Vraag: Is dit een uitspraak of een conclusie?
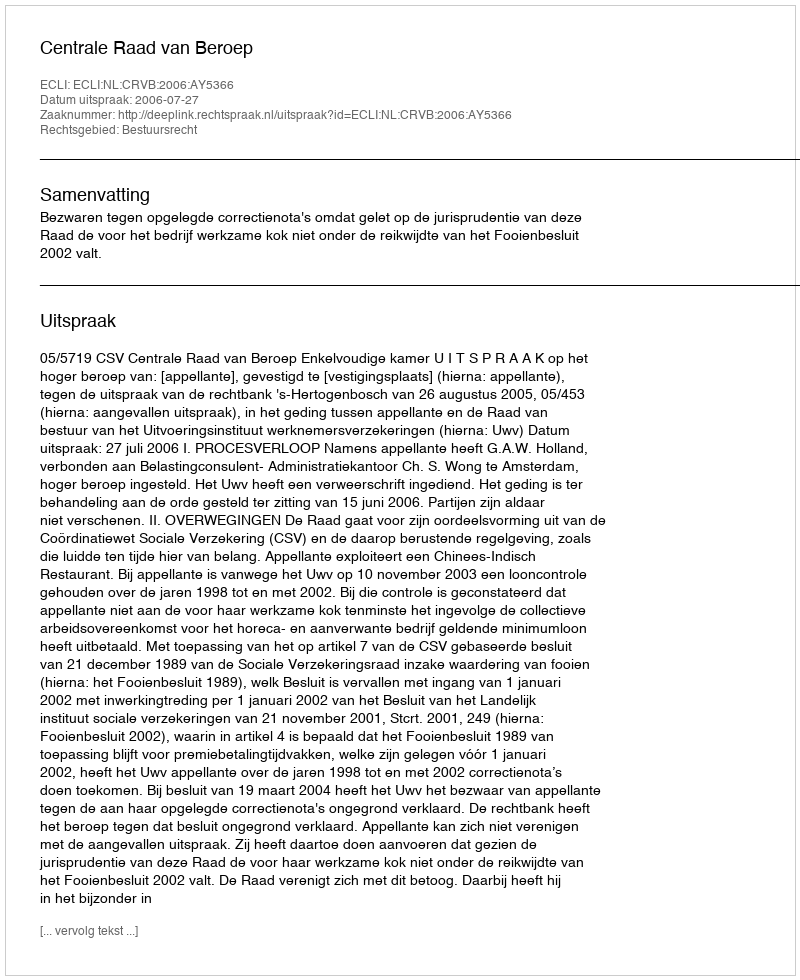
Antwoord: Uitspraak